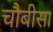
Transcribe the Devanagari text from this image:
चौबीसा